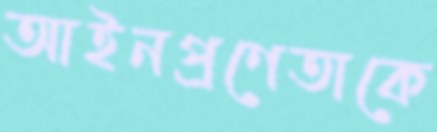
আইনপ্রণেতাকে